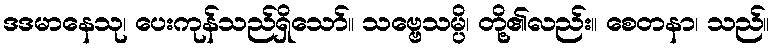
ဒဒမာနေသု၊ ပေးကုန်သည်ရှိသော်။ သဗ္ဗေသမ္ပိ၊ တို့၏လည်း။ စေတနာ၊ သည်။